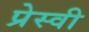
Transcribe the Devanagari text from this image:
प्रेस्वी